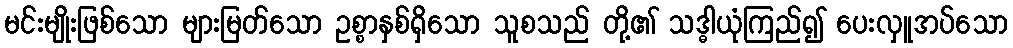
မင်းမျိုးဖြစ်သော များမြတ်သော ဥစ္စာနှစ်ရှိသော သူစသည် တို့၏ သဒ္ဓါယုံကြည်၍ ပေးလှူအပ်သော